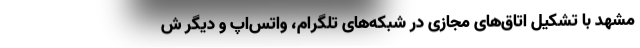
مشهد با تشکیل اتاق‌های مجازی در شبکه‌های تلگرام، واتس‌اپ و دیگر ش